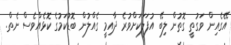
އޭގެއިން ވަގުތީ ގޮތުން ލިބޭ އުފަލަކަށްވުރެ ދާއިމީ ގެއްލުން ބޮޑުކަމުގެ ކޮޅެއްވެސް ނެތް.